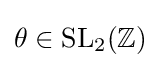
\theta \in \mathrm {SL} _{2}(\mathbb {Z} )